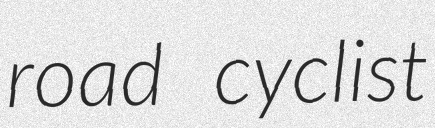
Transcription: road cyclist